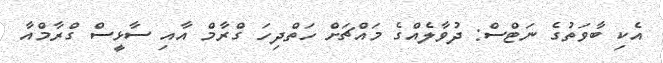
އެކި ބާވަތުގެ ނަޓްސް: ދުވާލެއްގެ މައްޗަށް ހަތްދިހަ ގްރާމް އާއި ސާޅީސް ގްރާމްއާ